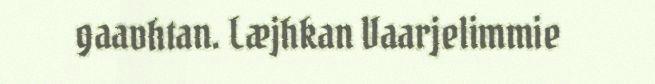
gaavhtan. Læjhkan Vaarjelimmie